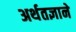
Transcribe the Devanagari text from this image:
अर्थतज्ञाने